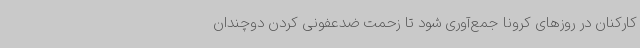
کارکنان در روزهای کرونا جمع‌آوری شود تا زحمت ضدعفونی کردن دوچندان